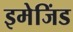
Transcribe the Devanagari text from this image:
इमेजिंड